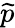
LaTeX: \widetilde{p}